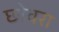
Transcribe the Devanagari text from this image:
छोवरा